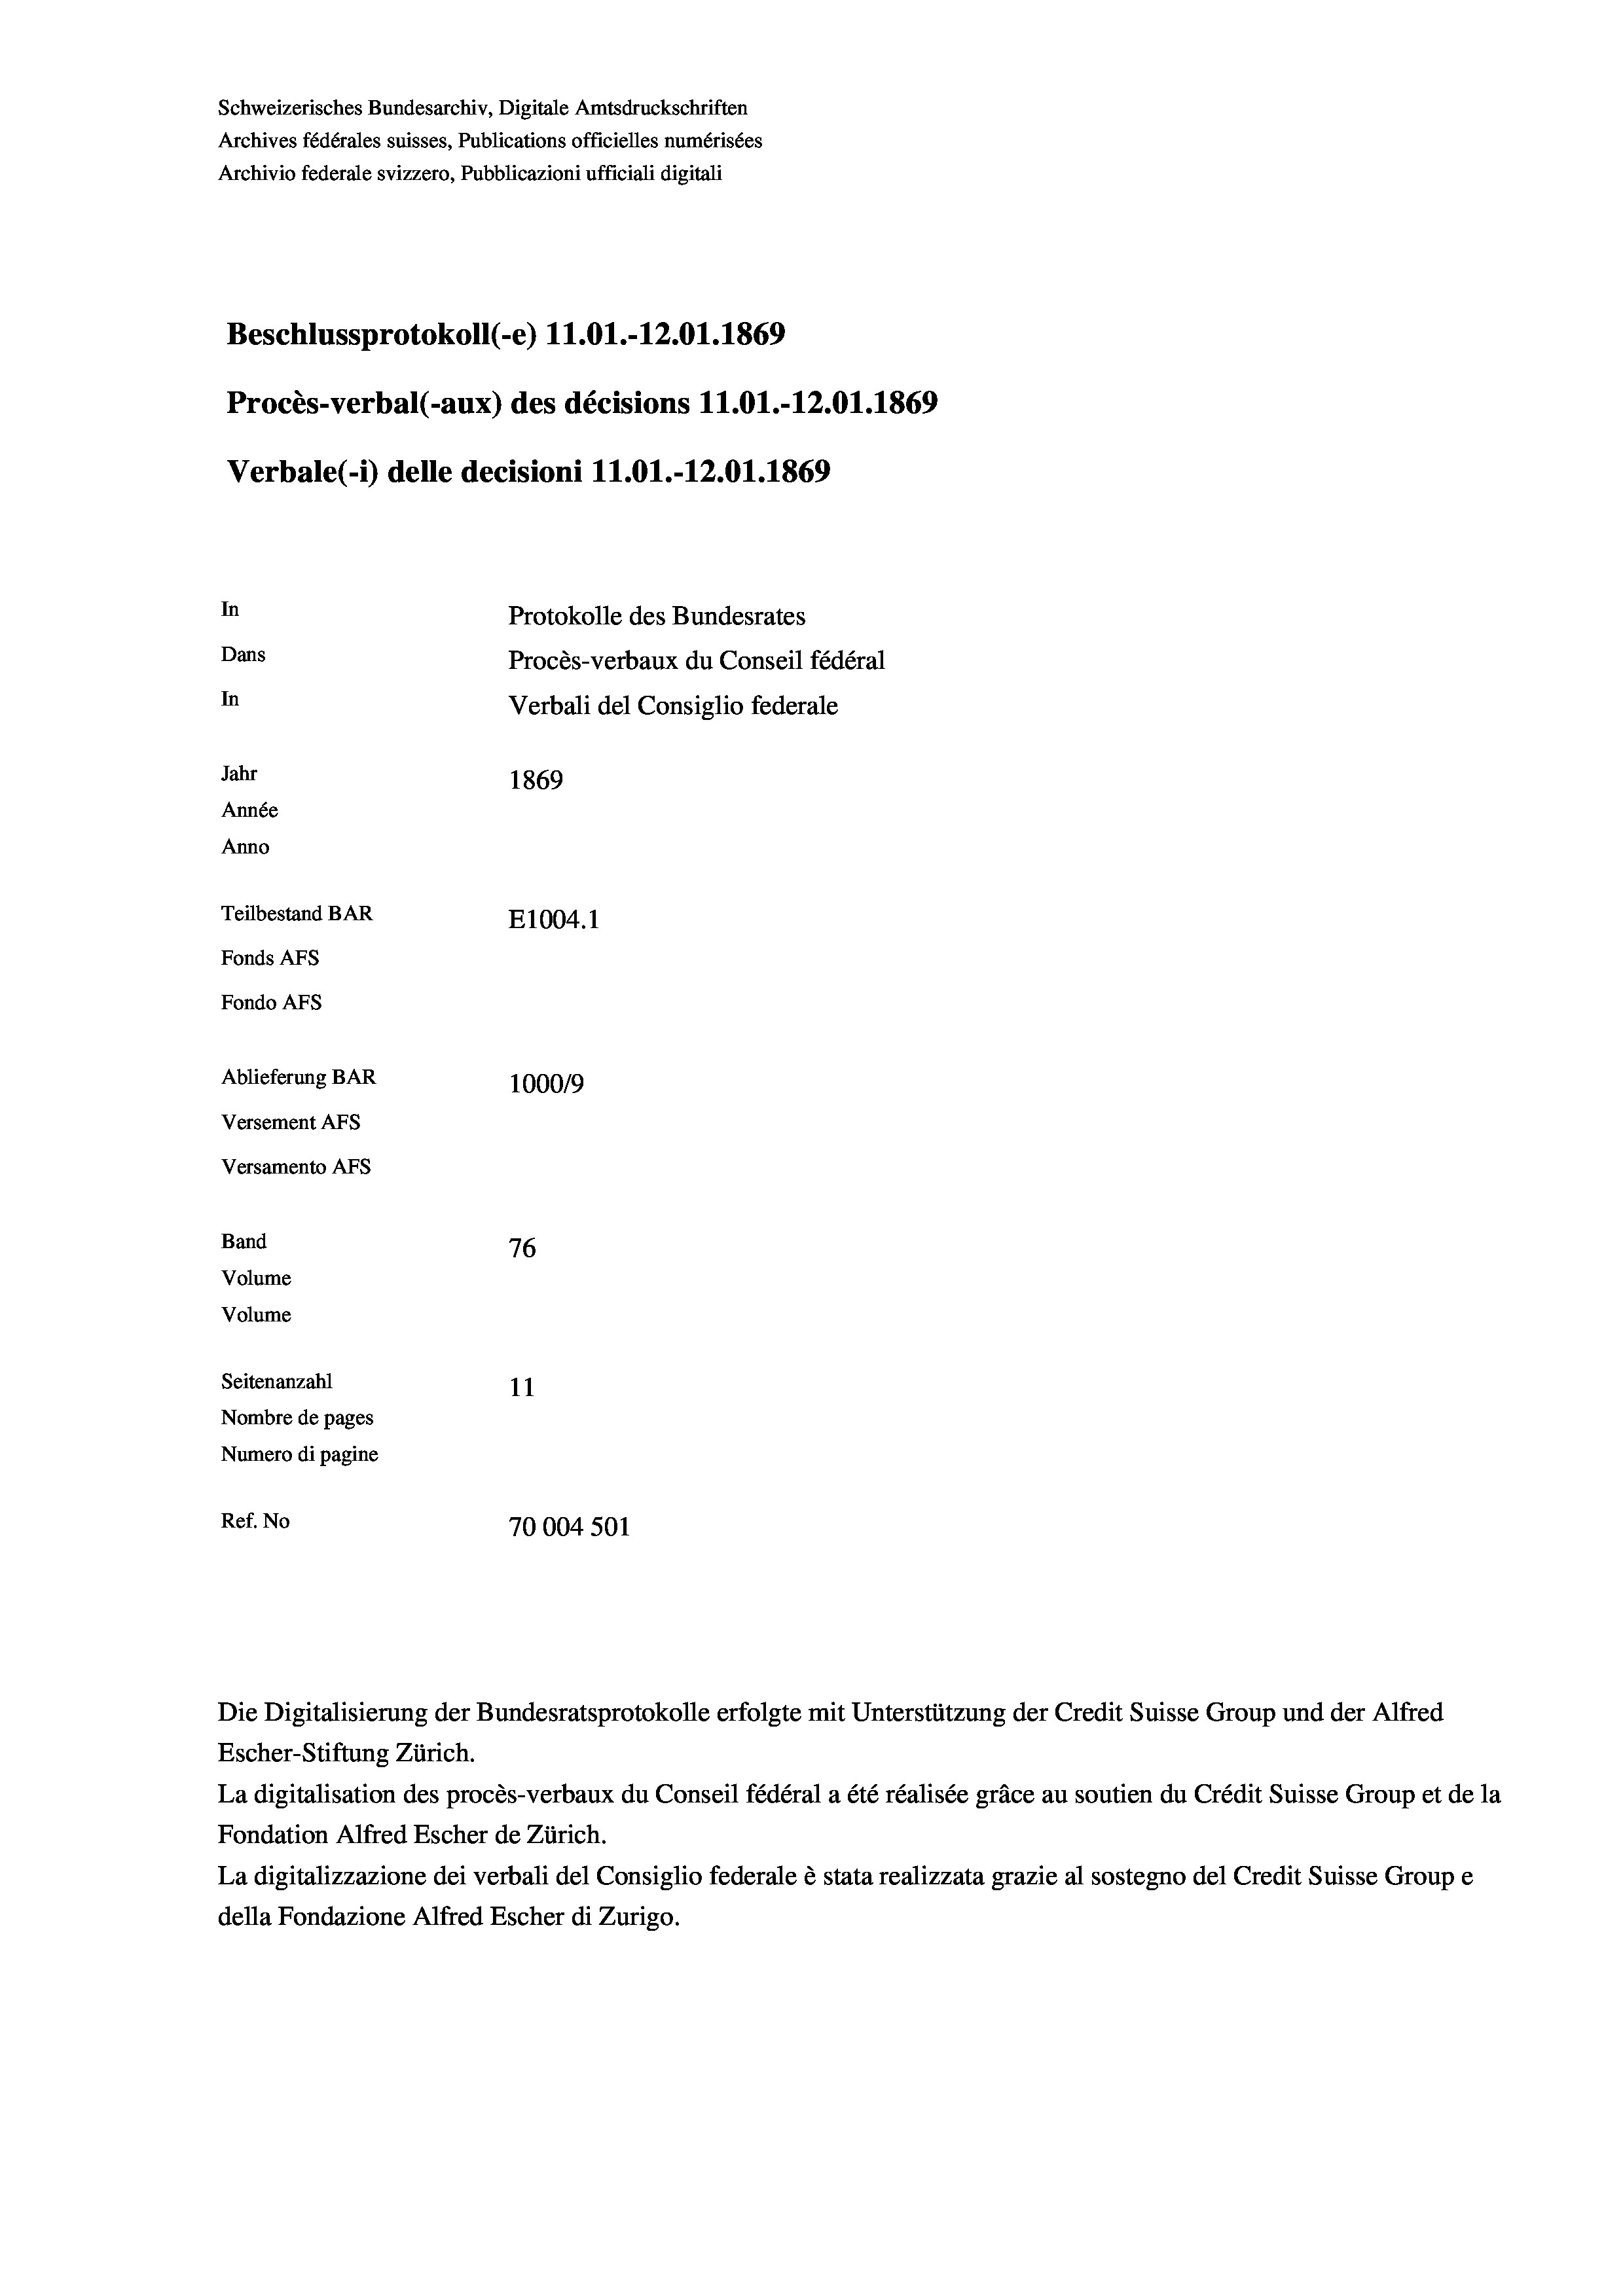
Schweizerisches Bundesarchiv, Digitale Amtsdruckschriften
Archives fédérales suisses, Publications officielles numérisées
Archivio federale svizzero, Pubblicazioni ufficiali digitali
Beschlussprotokoll (-e) 11.01.-12.01. 1869
Procès-verbal (-aux) des décisions 11.01.-12.01. 1869
Verbale (i) delle decisioni 11.01.-12.01. 1869
In
Protokolle des Bundesrates
Dans
Procès-verbaux du Conseil fédéral
In
Verbali del Consiglio federale
Jahr
1869
Année
Anno
Teilbestand BAR
E1004.1
Fonds AFs
Fondo Afs
Ablieferung BAR
100019
Versement AFs
Versamento Afs

Band
Volume
Volume

76
Seitenanzahl
11
Nombre de pages
Numero di pagine
Ref. No
70004 501

Escher-Stiftung Zürich.
La digitalisation des procès-verbaux du Conseil fédéral a été réalisée gräce au soutien du Crédit Suisse Group et de la
Fondation Alfred Escher de Zürich.
La digitalizzazione dei verbali del Consiglio federale è stata realizzata grazie al sostegno del Credit Suisse Groupe
della Fondazione Alfred Escher di Zurigo.

Die Digitalisierung der Bundesratsprotokolle erfolgte mit Unterstützung der Credit Suisse Group und der Alfred